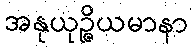
အနုယုဉ္ဇိယမာနာ